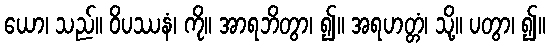
ယော၊ သည်။ ဝိပဿနံ၊ ကို။ အာရဘိတွာ၊ ၍။ အရဟတ္တံ၊ သို့။ ပတွာ၊ ၍။